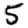
Digit: 5